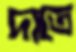
দাতে